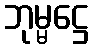
ဘုမ္မဋ္ဌေ